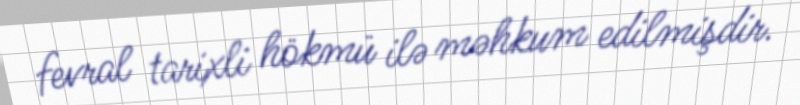
fevral tarixli hökmü ilə məhkum edilmişdir.